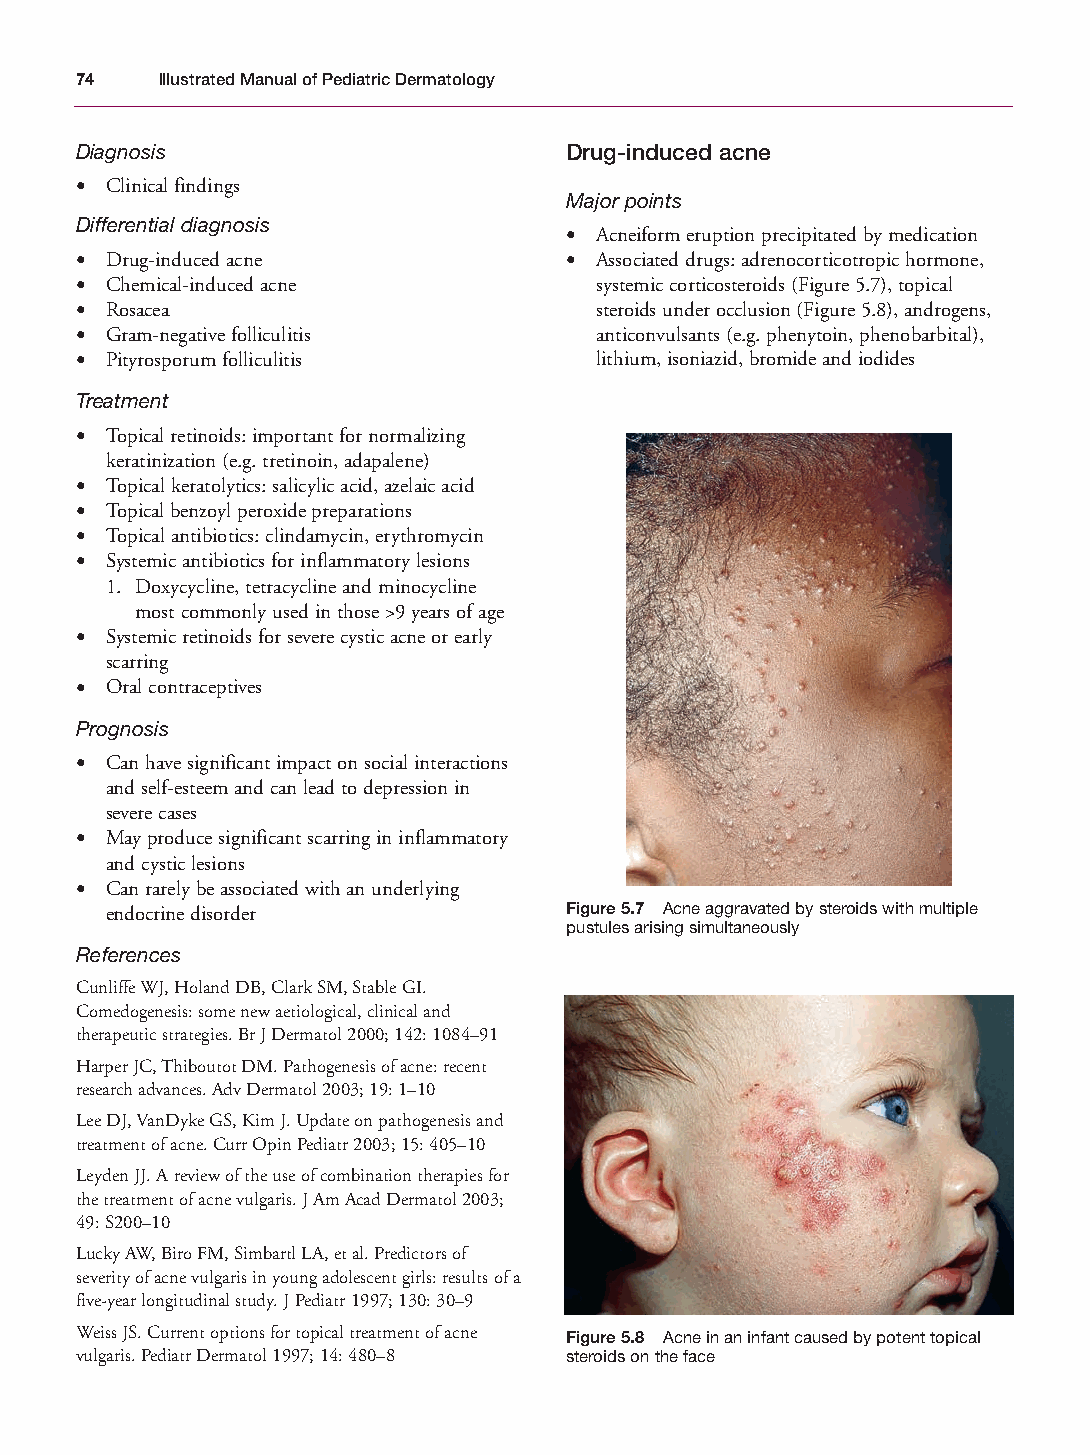
Mallory Chapter 05 27/1/05 1:43 pm Page 74
 74   Illustrated Manual of Pediatric Dermatology
 Diagnosis                       Drug-induced acne
 • Clinical findings
 Major points
 Differential diagnosis
 • Acneiform eruption precipitated by medication
 • Drug-induced acne             • Associated drugs: adrenocorticotropic hormone,
 • Chemical-induced acne           systemic corticosteroids (Figure 5.7), topical
 • Rosacea                         steroids under occlusion (Figure 5.8), androgens,
 • Gram-negative folliculitis      anticonvulsants (e.g. phenytoin, phenobarbital),
 • Pityrosporum folliculitis       lithium, isoniazid, bromide and iodides
 Treatment
 • Topical retinoids: important for normalizing
 keratinization (e.g. tretinoin, adapalene)
 • Topical keratolytics: salicylic acid, azelaic acid
 • Topical benzoyl peroxide preparations
 • Topical antibiotics: clindamycin, erythromycin
 • Systemic antibiotics for inflammatory lesions
 1. Doxycycline, tetracycline and minocycline
 most commonly used in those >9 years of age
 • Systemic retinoids for severe cystic acne or early
 scarring
 • Oral contraceptives
 Prognosis
 • Can have significant impact on social interactions
 and self-esteem and can lead to depression in
 severe cases
 • May produce significant scarring in inflammatory
 and cystic lesions
 • Can rarely be associated with an underlying
 endocrine disorder            Figure 5.7 Acne aggravated by steroids with multiple
 pustules arising simultaneously
 References
 Cunliffe WJ, Holand DB, Clark SM, Stable GI.
 Comedogenesis: some new aetiological, clinical and
 therapeutic strategies. Br J Dermatol 2000; 142: 1084–91
 Harper JC, Thiboutot DM. Pathogenesis of acne: recent
 research advances. Adv Dermatol 2003; 19: 1–10
 Lee DJ, VanDyke GS, Kim J. Update on pathogenesis and
 treatment of acne. Curr Opin Pediatr 2003; 15: 405–10
 Leyden JJ. A review of the use of combination therapies for
 the treatment of acne vulgaris. J Am Acad Dermatol 2003;
 49: S200–10
 Lucky AW, Biro FM, Simbartl LA, et al. Predictors of
 severity of acne vulgaris in young adolescent girls: results of a
 five-year longitudinal study. J Pediatr 1997; 130: 30–9
 Weiss JS. Current options for topical treatment of acne Figure 5.8 Acne in an infant caused by potent topical
 vulgaris. Pediatr Dermatol 1997; 14: 480–8 steroids on the face